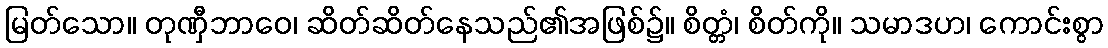
မြတ်သော။ တုဏှီဘာဝေ၊ ဆိတ်ဆိတ်နေသည်၏အဖြစ်၌။ စိတ္တံ၊ စိတ်ကို။ သမာဒဟ၊ ကောင်းစွာ